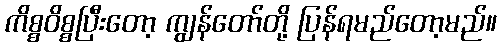
ကိစ္စဝိစ္စပြီးတော့ ကျွန်တော်တို့ ပြန်ရမည်တော့မည်။